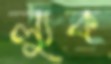
ল্যুক